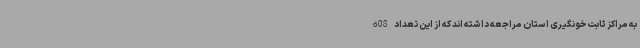
به مراکز ثابت خونگیری استان مراجعه داشته اند که از این تعداد 608